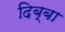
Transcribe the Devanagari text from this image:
दिब्बा